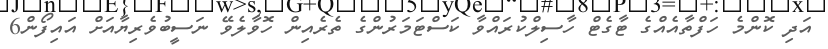
އަދި ކޮންމެ ހަފްތާއެއްގެ ޓާގެޓް ހާސިލްކުރައްވާ ކަސްޓަމަރުންގެ ތެރެއިން ހޮވާލެވޭ ނަސީބުވެރިޔާއަށް އައިފޯން6